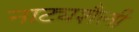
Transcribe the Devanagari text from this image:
नाट्यशैली